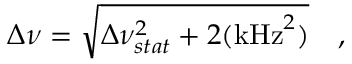
\Delta \nu = \sqrt { \Delta \nu _ { s t a t } ^ { 2 } + 2 ( \mathrm { { k H z } } ^ { 2 } ) } \quad ,